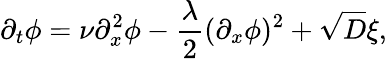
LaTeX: \partial_{t}\phi=\nu\partial_{x}^{2}\phi-\frac{\lambda}{2}(\partial_{x}\phi)^{2}+\sqrt{D}\xi,